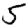
Digit: 5